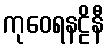
ကုဝေရနဠိနီ